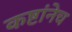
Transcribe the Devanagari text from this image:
कष्टांनेच